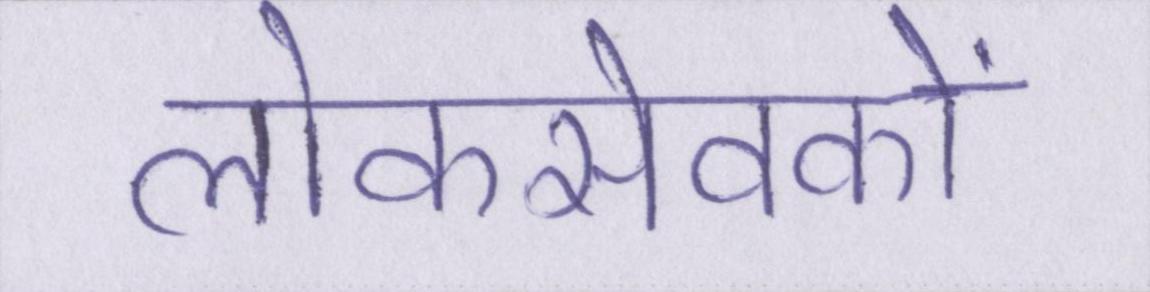
लोकसेवकों